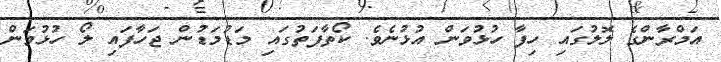
އަމްރާންގެ ލޮލުގައި ހިފާ ހުޅުވަން އުޅުނެވެ. ކޯތާފަތުގައި މަޑުމަޑުން ޖަހާފައި ލޯ ހުޅުވަން